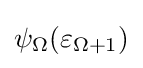
\psi _{\Omega }(\varepsilon _{\Omega +1})